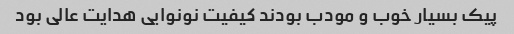
پیک بسیار خوب و مودب بودند کیفیت نونوایی هدایت عالی بود